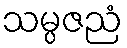
သမ္ပဇညံ